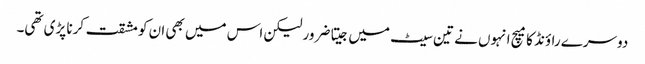
دوسرے راؤنڈ کا میچ انہوں نے تین سیٹ میں جیتا ضرور لیکن اس میں بھی ان کو مشقت کرنا پڑی تھی۔